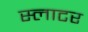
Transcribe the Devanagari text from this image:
स्लाटर